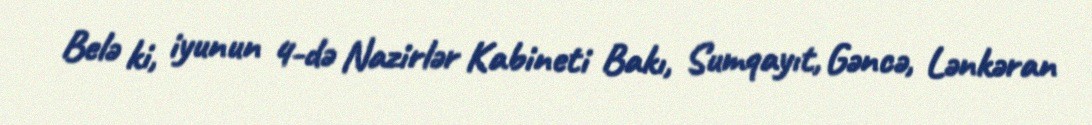
Belə ki, iyunun 4-də Nazirlər Kabineti Bakı, Sumqayıt, Gəncə, Lənkəran